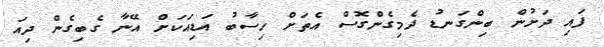
ފައި ދަށުން ބިންގަނޑު ދެމިގެންގޮސް އެތަށް ހިސާބު އަޑިއަކަށް އޭނާ ގެބިގެން ދިއަ